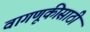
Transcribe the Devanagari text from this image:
वागणूकीसाठी